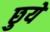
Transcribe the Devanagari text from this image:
छुयें